Annual report of the Punjab Veterinary College and of the Civil Veterinary Department, Punjab - 1926-1932
Year: 1926
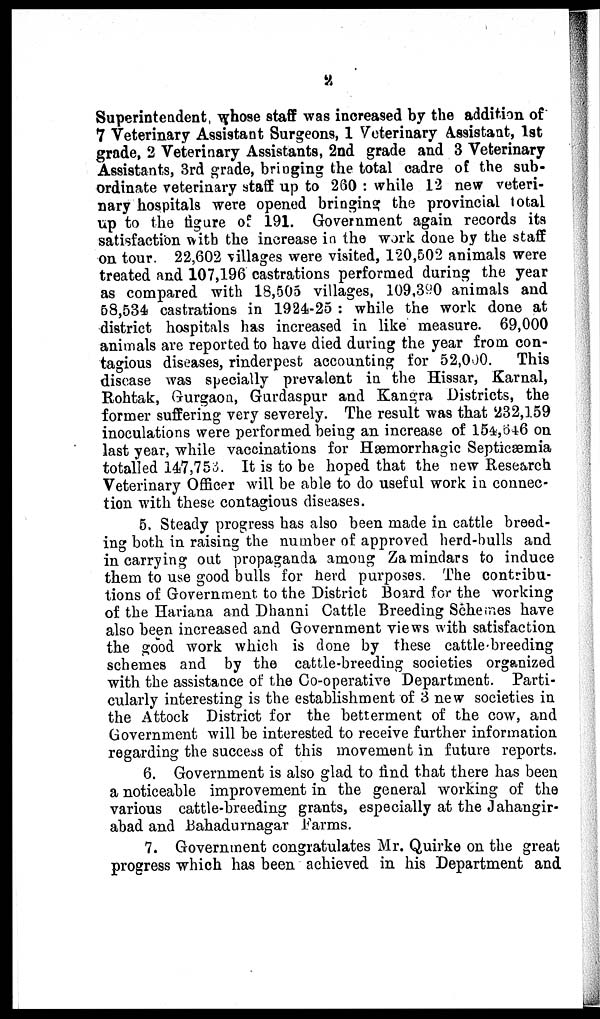
2
Superintendent, whose staff was increased by the addition of
7 Veterinary Assistant Surgeons, 1 Veterinary Assistant, 1st
grade, 2 Veterinary Assistants, 2nd grade and 3 Veterinary
Assistants, 3rd grade, bringing the total cadre of the sub-
ordinate veterinary staff up to 260 : while 12 new veteri-
nary hospitals were opened bringing the provincial total
up to the figure of 191. Government again records its
satisfaction with the increase in the work done by the staff
on tour 22,602 villages were visited, 120,502 animals were
treated and 107,196 castrations performed during the year
as compared with 18,505 villages, 109,390 animals and
58,534 castrations in 1924-25 : while the work done at
district hospitals has increased in like measure. 69,000
animals are reported to have died during the year from con-
tagious diseases, rinderpest accounting for 52,000.
This
disease was specially prevalent in the Hissar, Karnal,
Rohtak, Gurgaon, Gurdaspur and Kangra Districts, the
former suffering very severely. The result was that 232,159
inoculations were performed being an increase of 154,646 on
last year, while vaccinations for Hæmorrhagic Septicæmia
totalled 147,753. It is to be hoped that the new Research
Veterinary Officer will be able to do useful work in connec-
tion with these contagious diseases.
5. Steady progress has also been made in cattle breed-
ing both in raising the number of approved herd-bulls and
in carrying out propaganda among Zamindars to induce
them to use good bulls for herd purposes. The contribu-
tions of Government to the District Board for the working
of the Hariana and Dhanni Cattle Breeding Schemes have
also been increased and Government views with satisfaction
the good work which is done by these cattle-breeding
schemes and by the cattle-breeding societies organized
with the assistance of the Co-operative Department. Parti-
cularly interesting is the establishment of 3 new societies in
the Attock District for the betterment of the cow, and
Government will be interested to receive further information
regarding the success of this movement in future reports.
6. Government is also glad to find that there has been
a noticeable improvement in the general working of the
various cattle-breeding grants, especially at the Jahangir-
abad and Bahadurnagar Farms.
7. Government congratulates Mr. Quirke on the great
progress which has been achieved in his Department and